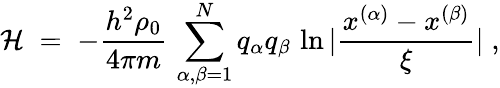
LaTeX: {\mathcal H}\; =\; -\frac{h^{2}\rho_{0}}{4\pi m}\, \sum_{\alpha,\beta=1}^{N}q_{\alpha}q_{\beta}\, \ln|\frac{x^{(\alpha)}-x^{(\beta)}}{\xi}|\; ,